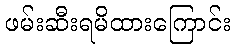
ဖမ်းဆီးရမိထားကြောင်း